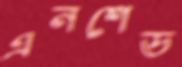
এনশেড